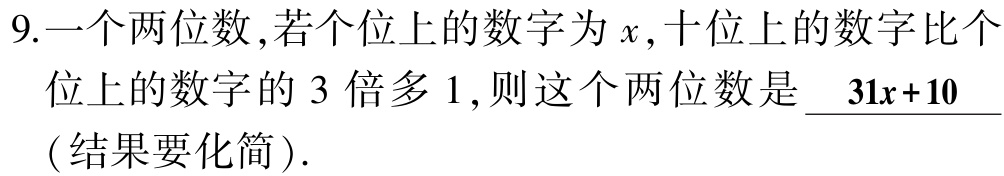
9.一个两位数，若个位上的数字为\(x\)，十位上的数字比个位上的数字的\(3\)倍多\(1\)，则这个两位数是 \(\underline{31x + 10}\)（结果要化简）.